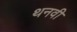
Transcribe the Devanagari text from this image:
थनवी